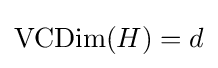
\operatorname {VCDim} (H)=d